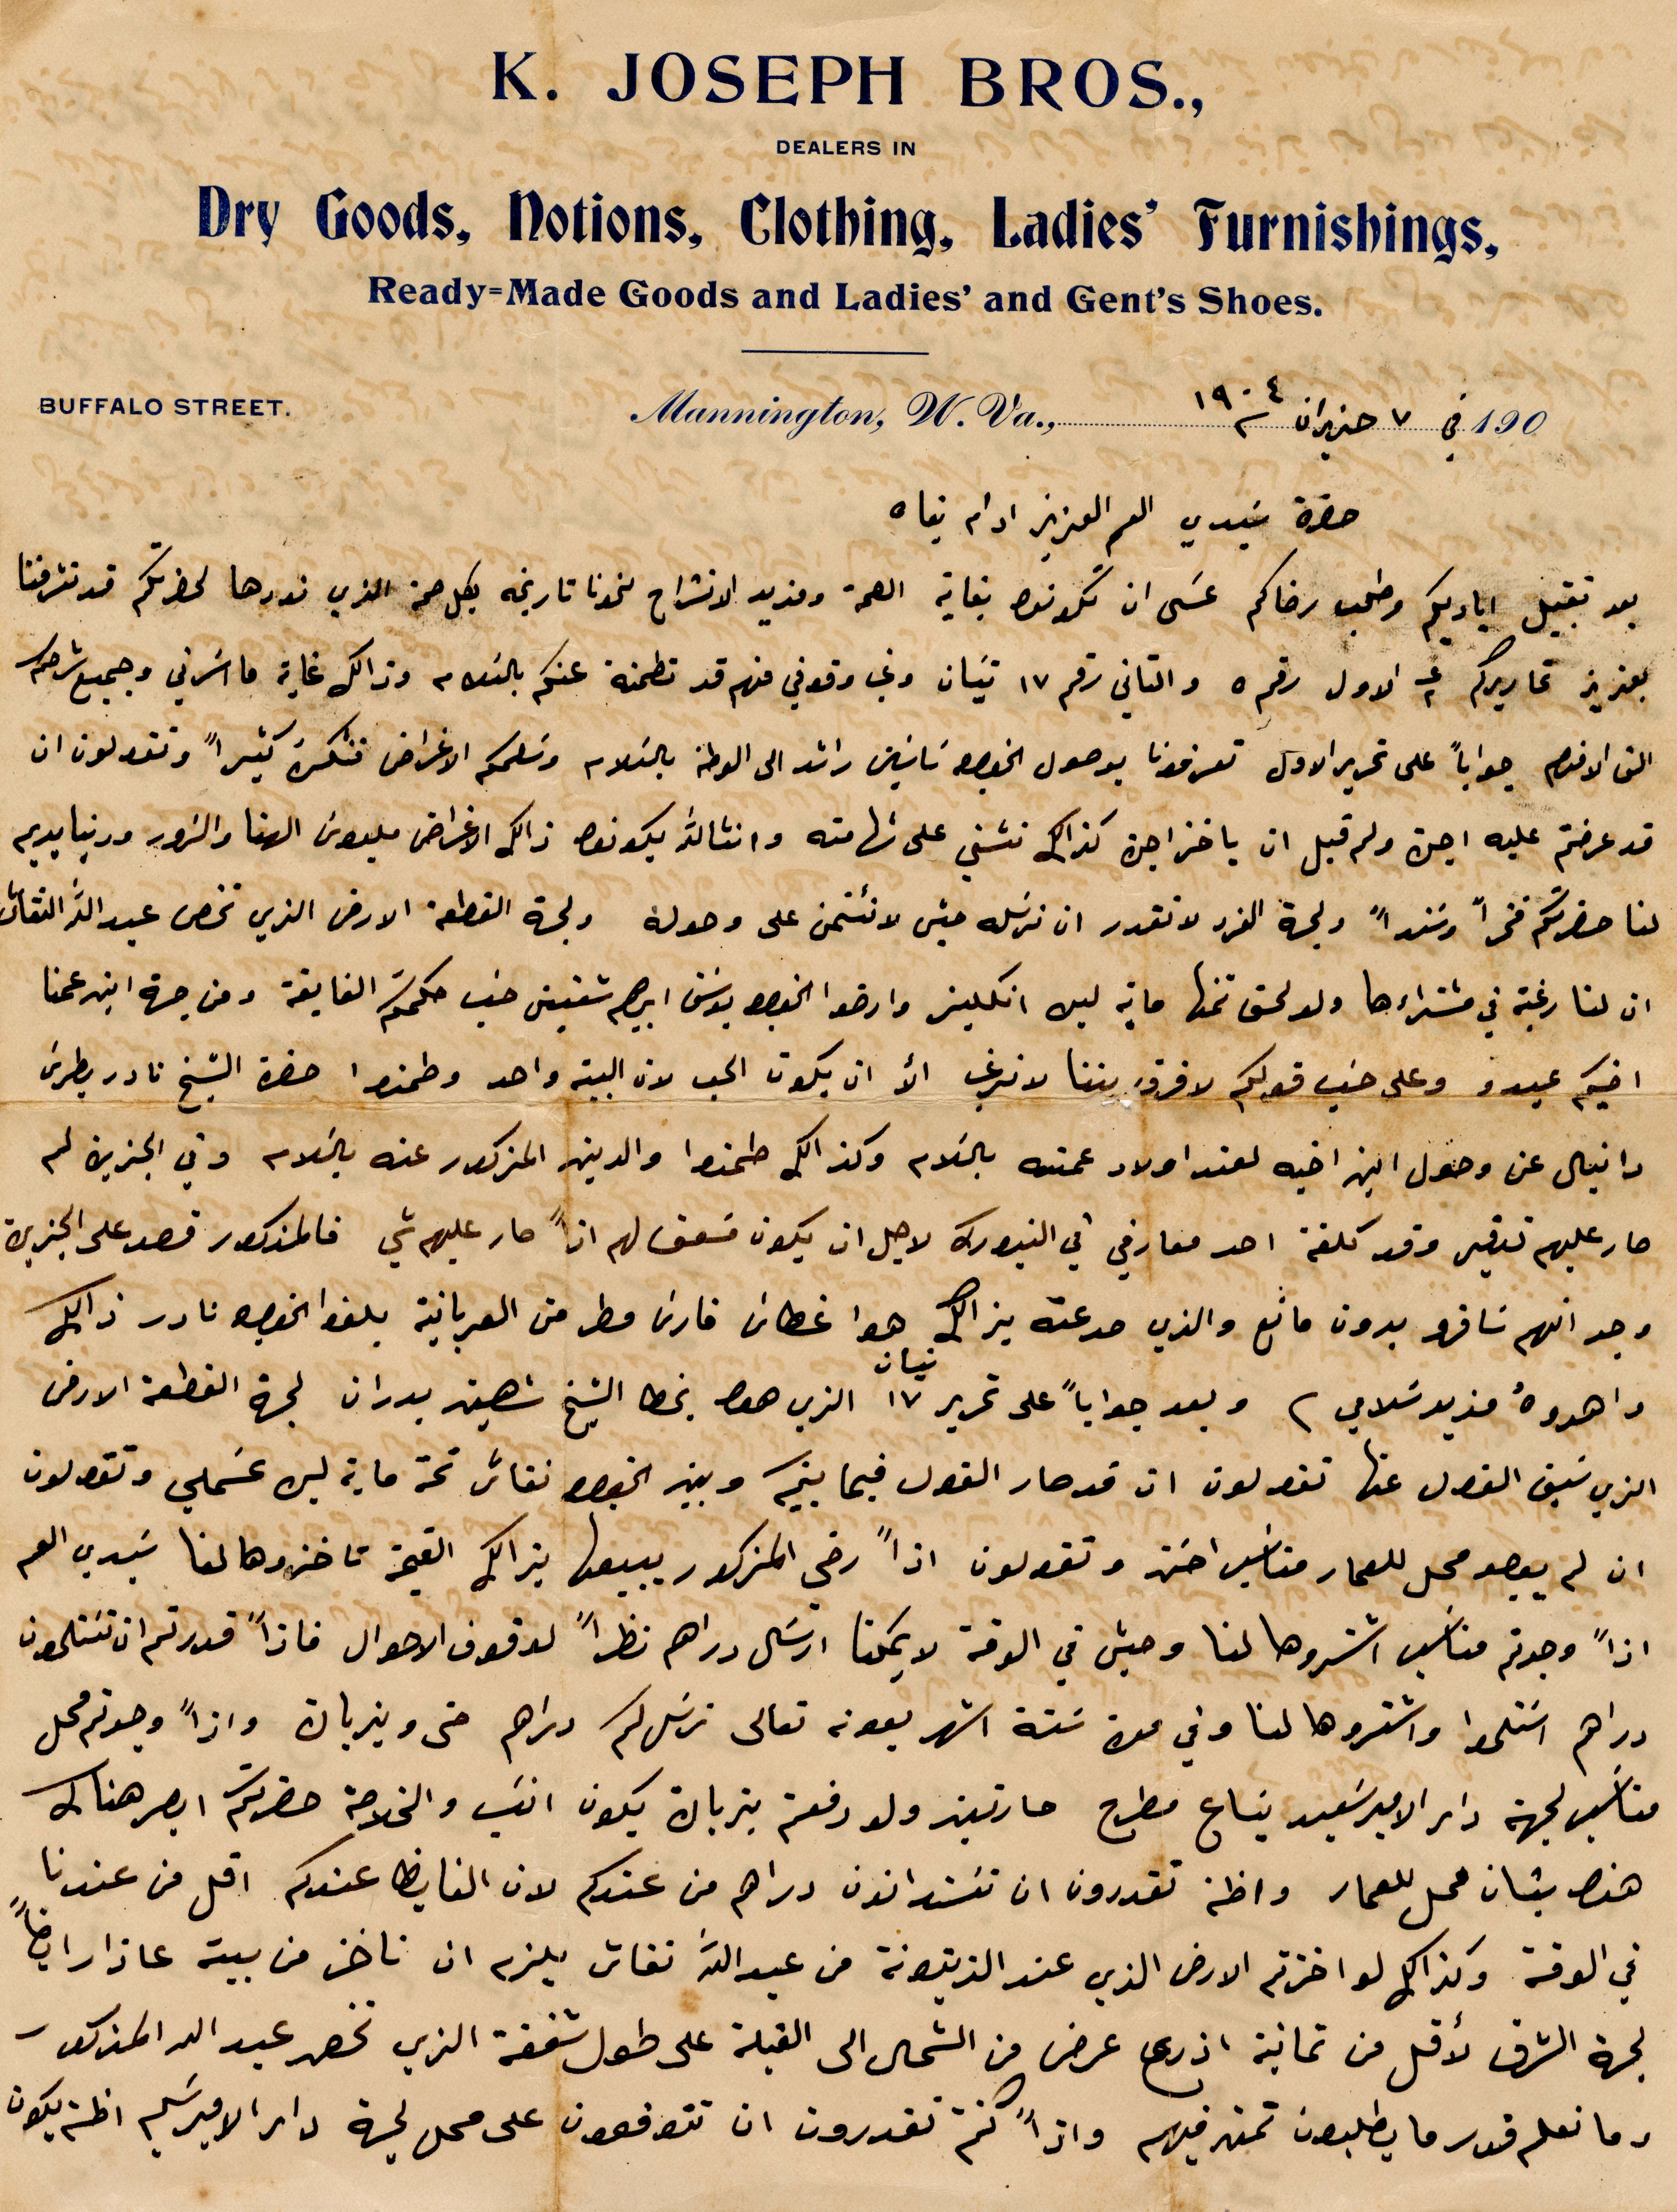
حضرة سيدي العم العزيز ادام بقاه
بعد تقبيل اياديكم وطلب رضاكم عسى ان تكونو بغاية الصحة وفريد الانشراح نحونا تاريخه بكل صحة الذي نودها لحضرتكم قد تشرفنا
بعزيز تحاريركم في ٢ الأول رقم ٥ والتاني رقم ١۷ تيان وفي وقوفي فهم قد تطمنه عنكم بالسلام وذلك غاية ما اسرني وجميع شرحكم
التي الاقدم جوابًا على تحرير الأول تعرفونا بوصول %% ساسين رائد الى الوطن بالسلام وسلمكم الأغراض فشكر كثيرًا وتقولون ان
قد عرضتم عليه اجرة ولم يقبل ان ياخدهن كذلك نسني على شهامته وانشالله يكونو ذلك الأغراض مبلوس الهنا والزور %%
لنا حضرتكم فخرًا وسندًا ولجهة الفرد لا تقدر ان ترسله حتى لا يئتمن على وصوله ولجهة القطعة الأرض التي تخص عبد الله النقاش
ان لتاريخه في مشتراءها ولو لحق ثمنها ماسة ليره انكليز وارضو الخوري يوسف إبراهيم شقيق حسب حكمتكم الفايقة ومن هجة ابن عمنا
اخيكم عبدو وعلى حسب قولكم لا فرق بيننا لا نرغب ان يكون الحب لان البيت واحد وطمنوا حضرة الشيخ نادر بطرس
دانيال عن وصول ابن أخيه لعند أولاد عمته بالسلام وكذلك طمنوا والدين المذكور عنه بالسلام وفي الجزين لم
صار عليهم تدقيق وقد ملفه احد معارفي في النيورك لاجل ان يكون مسعف لهم اذًا صار عليهم شي فالمذكور قصد على الجزين
وجد انهم سافروا بدون مانه والذي مد عنه بذلك هو غطاس فارس مطر من العربانية يلغوا بخصوص نادر ذلك
واهدوه مزيد سلامي وبعد جوابًا على تحرير ١٧ الذي هو بخط الشيخ شهين بدران لجهة القطعة الأرض
الذي سبق القول عنها تقولون ان قد صار فيما بينكم وبين الخوري نقاشًا نحو ماية ليره عسملي وتقولون
ان لم يعصو محل للعمار %% اخته وتقولون اذًا رضى المذكور يبيعها بذلك القيمة وتاخذوها لنا سيدي العم
غذًا وجدتم مناسب اشتروها لنا وحين في الوقت لا يكننا ارسال دراهم نظرًا لوقوف الأحوال فاذًا قدرتم ان تستلمون
دراهم استلموا واشتروها لنا وفي عن ستة اشهر بعونه تعالى نرسل لكم دراهم متى %% واذًا وجدتم محل
مناسب لجهة دار الأمير سعيد بتاع مطرح مارتين ولو دفعتم بتربان يكو انسب والخلاصة حضرتكم ابصر هناك
هنا بشان محل للعمار واظن تقدرون ان %% دراهم من عندكم لان %% الفايض عندكم اقل من عندنا
في الوقت وكذلك لو اخذتم الأرض الذي عند الزيتونة من عبد الله النقاش يلزم ان تأخذ من بيته عازار ايضًا
لجهة الشرق لأقل من ثمانية اذرع عرض من الشمال الى القبلة على طول شقة الذي تخص عبد الله المذكور
وما نعلم قدر ما يطلبون تمن فيهم واذًا كنتم تقدرون ان تتوفقون على محل لجهة دار الأمير سعيد اظن يكون